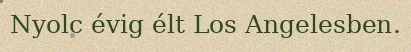
Nyolc évig élt Los Angelesben.